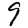
Digit: 9